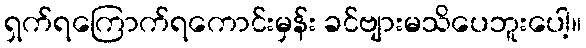
ရှက်ရကြောက်ရကောင်းမှန်း ခင်ဗျားမသိပေဘူးပေါ့။